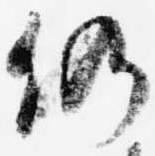
仍